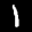
Label: 1